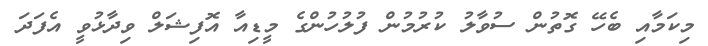
މިކަމާއި ބެހޭ ގޮތުން ސުވާލު ކުރުމުން ފުލުހުންގެ މީޑިއާ އޮފިޝަލް ވިދާޅުވީ އެފަދަ